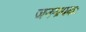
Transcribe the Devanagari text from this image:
जननायकः